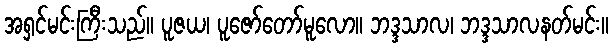
အရှင်မင်းကြီးသည်။ ပူဇယ၊ ပူဇော်တော်မူလော။ ဘဒ္ဒသာလ၊ ဘဒ္ဒသာလနတ်မင်း။